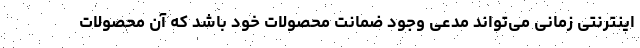
اینترنتی زمانی می‌تواند مدعی وجود ضمانت محصولات خود باشد که آن محصولات